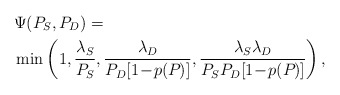
\begin{align*}&\Psi(P_{S}, P_{D}) = \\& \min\left(1, \frac{\lambda_{S}}{P_{S}}, \frac{\lambda_{D}}{P_{D}[1\!-\! p(P_{})]}, \frac{\lambda_{S}\lambda_{D}}{P_{S}P_{D}[1\!-\! p(P_{})]}\right),\end{align*}